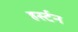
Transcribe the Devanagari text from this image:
हर्स्टन